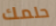
حلمك